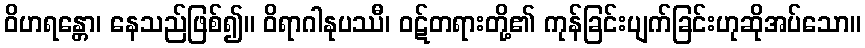
ဝိဟရန္တော၊ နေသည်ဖြစ်၍။ ဝိရာဂါနုပဿီ၊ ဝဋ်တရားတို့၏ ကုန်ခြင်းပျက်ခြင်းဟုဆိုအပ်သော။